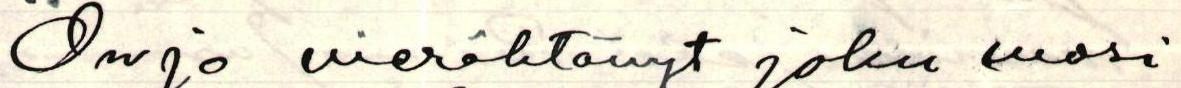
Onpa vierähtänyt joku vuosi